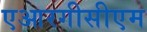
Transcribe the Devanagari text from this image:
एआरगीसीएम